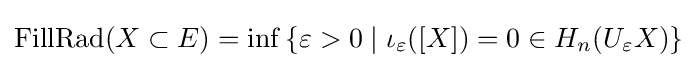
\mathrm {FillRad} (X\subset E)=\inf \left\{\varepsilon >0\mid \iota _{\varepsilon }([X])=0\in H_{n}(U_{\varepsilon }X)\right\}